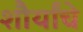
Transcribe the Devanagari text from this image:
शौर्यांचे